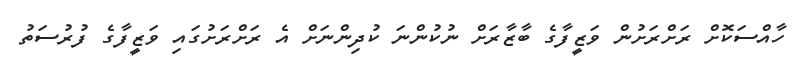
ހާއްސަކޮށް ރަށްރަށުން ވަޒީފާގެ ބާޒާރަށް ނުކުންނަ ކުދިންނަށް އެ ރަށްރަށުގައި ވަޒީފާގެ ފުރުސަތު